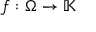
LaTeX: f : \Omega \rightarrow \mathbb { K }